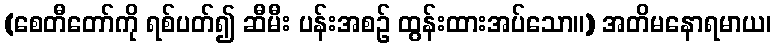
(စေတီတော်ကို ရစ်ပတ်၍ ဆီမီး ပန်းအစဉ် ထွန်းထားအပ်သော။) အတိမနောရမာယ၊